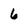
Character: 6